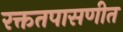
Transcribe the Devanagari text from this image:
रक्ततपासणीत